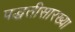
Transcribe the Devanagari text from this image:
पद्धतीसारख्या